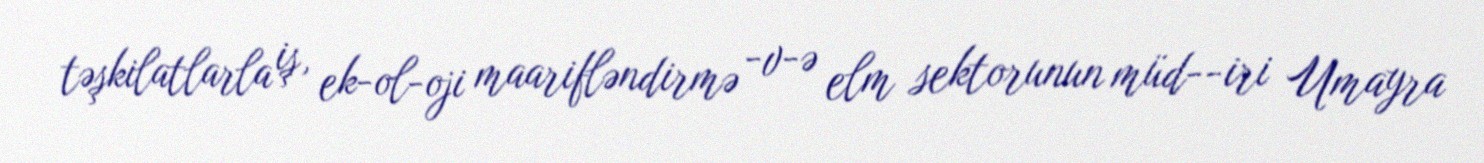
təşkilatlarla iş, ek­ol­oji maarifləndirmə ­v­ə elm sektorunun müd­­iri Umayra